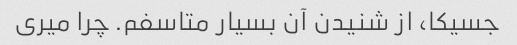
جسیکا، از شنیدن آن بسیار متاسفم. چرا میری